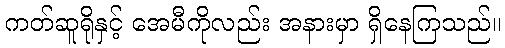
ကတ်ဆူရိုနှင့် အေမီကိုလည်း အနားမှာ ရှိနေကြသည်။